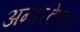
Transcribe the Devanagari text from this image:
अन्डरटेकर